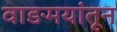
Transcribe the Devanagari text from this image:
वाङमयांतून